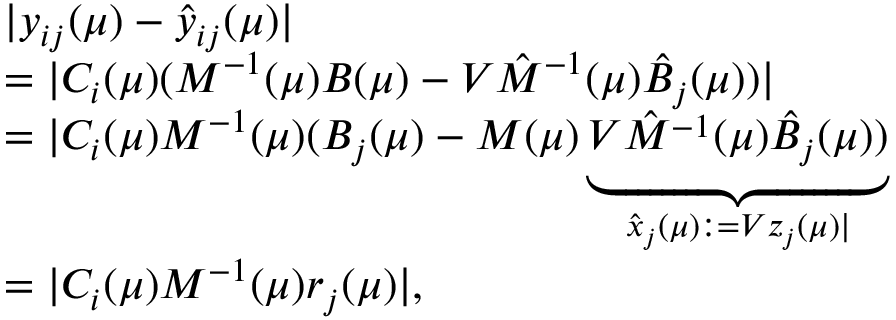
\begin{array} { l } { | y _ { i j } ( \mu ) - \hat { y } _ { i j } ( \mu ) | } \\ { = | C _ { i } ( \mu ) ( M ^ { - 1 } ( \mu ) B ( \mu ) - V \hat { M } ^ { - 1 } ( \mu ) \hat { B } _ { j } ( \mu ) ) | } \\ { = | C _ { i } ( \mu ) M ^ { - 1 } ( \mu ) ( B _ { j } ( \mu ) - M ( \mu ) \underbrace { V \hat { M } ^ { - 1 } ( \mu ) \hat { B } _ { j } ( \mu ) ) } _ { \hat { x } _ { j } ( \mu ) : = V z _ { j } ( \mu ) | } } \\ { = | C _ { i } ( \mu ) M ^ { - 1 } ( \mu ) r _ { j } ( \mu ) | , } \end{array}